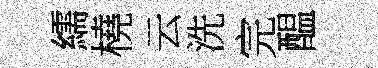
繻橈云洗完醖